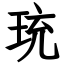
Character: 珫